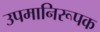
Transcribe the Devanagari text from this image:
उपमानिरूपक